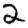
Digit: 2